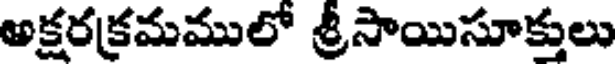
అక్షరక్రమములో శ్రీసాయిసూక్తులు